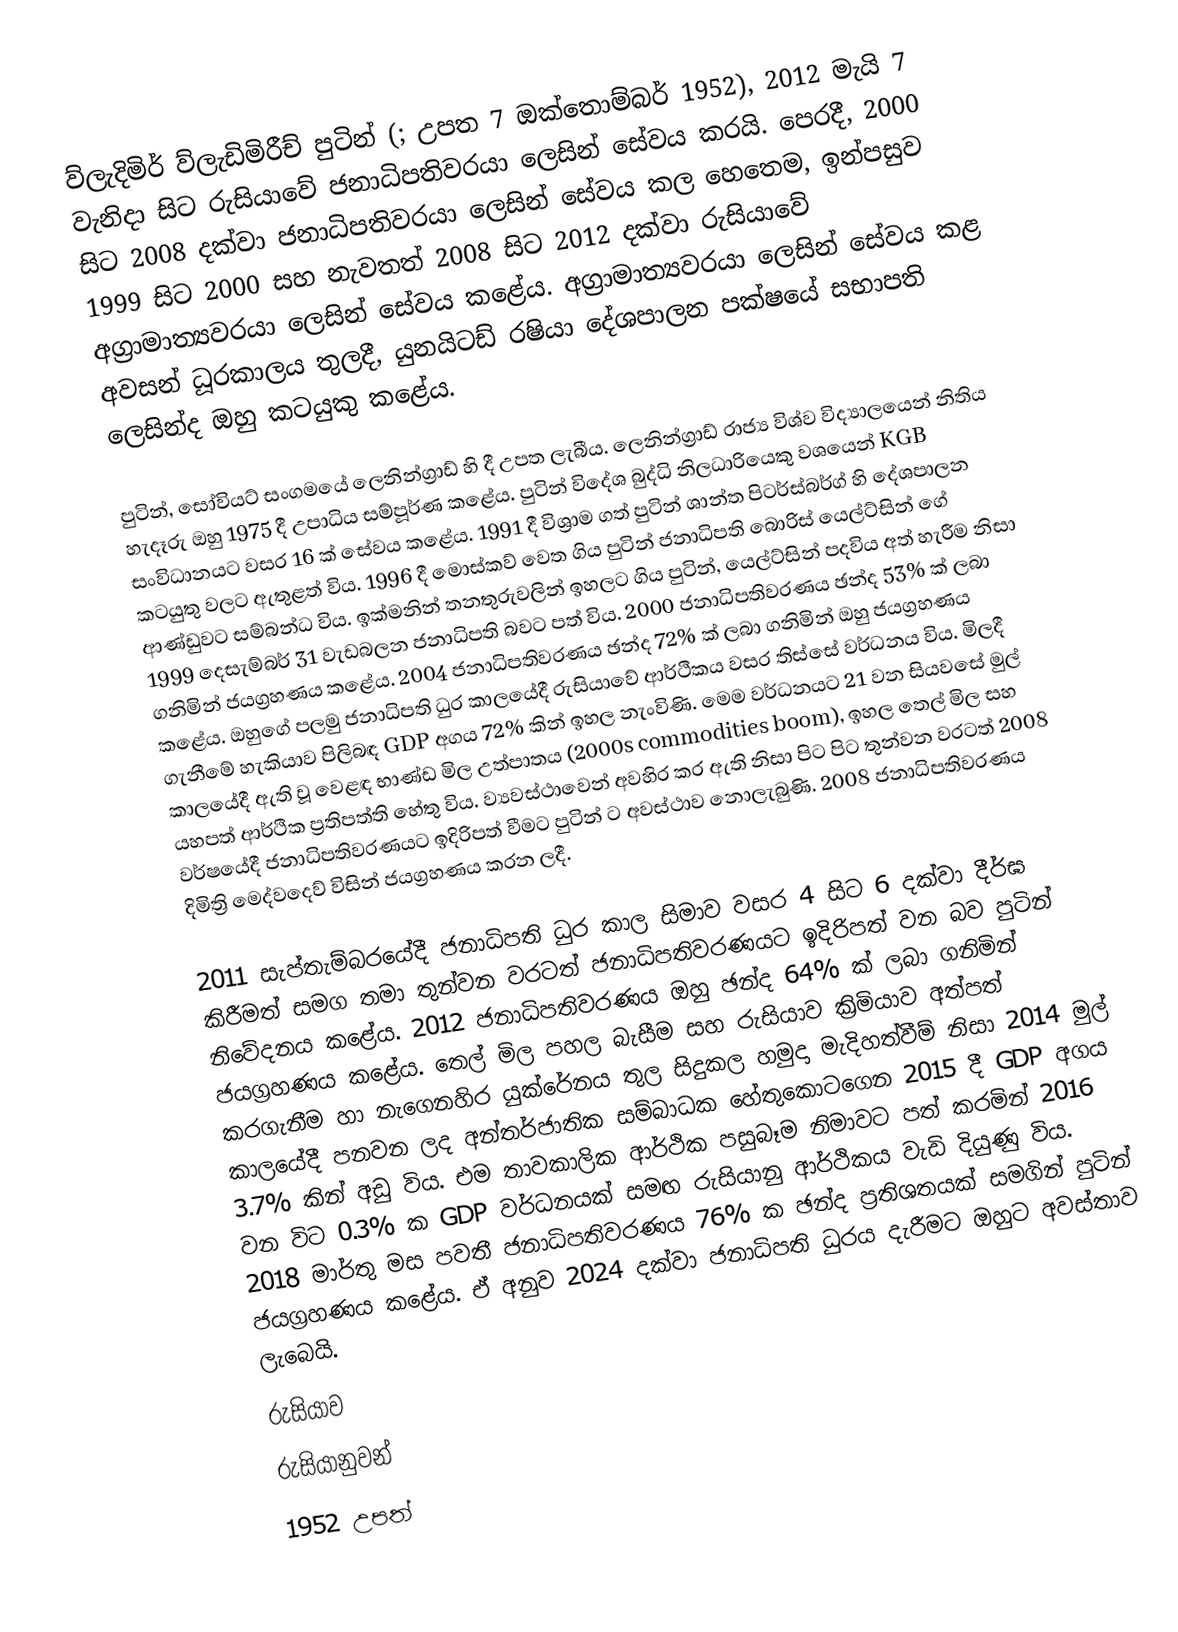
ව්ලැදිමිර් ව්ලැඩිමිරීච් පුටින් (; උපත 7 ඔක්තොම්බර් 1952), 2012 මැයි 7 වැනිදා සිට රුසියාවේ ජනාධිපතිවරයා ලෙසින් සේවය කරයි. පෙරදී, 2000 සිට 2008 දක්වා ජනාධිපතිවරයා ලෙසින් සේවය කල හෙතෙම, ඉන්පසුව 1999 සිට 2000 සහ නැවතත් 2008 සිට 2012 දක්වා රුසියාවේ අග්‍රාමාත්‍යවරයා ලෙසින් සේවය කළේය. අග්‍රාමාත්‍යවරයා ලෙසින් සේවය කළ අවසන් ධූරකාලය තුලදී, යුනයිටඩ් රෂියා දේශපාලන පක්ෂයේ සභාපති ලෙසින්ද ඔහු කටයුකු කළේය.

පුටින්, සෝවියට් සංගමයේ ලෙනින්ග්‍රාඩ් හි දී උපත ලැබීය. ලෙනින්ග්‍රාඩ් රාජ්‍ය විශ්ව විද්‍යාලයෙන් නිතිය හැදෑරු ඔහු 1975 දී උපාධිය සම්පූර්ණ කළේය. පුටින් විදේශ බුද්ධි නිලධාරියෙකු වශයෙන් KGB සංවිධානයට වසර 16 ක් සේවය කළේය. 1991 දී විශ්‍රාම ගත් පුටින් ශාන්ත පිටර්ස්බර්ග් හි දේශපාලන කටයුතු වලට ඇතුළත් විය. 1996 දී මොස්කව් වෙත ගිය පුටින් ජනාධිපති බොරිස් යෙල්ට්සින් ගේ ආණ්ඩුවට සම්බන්ධ විය. ඉක්මනින් තනතුරුවලින් ඉහලට ගිය පුටින්, යෙල්ට්සින් පදවිය අත් හැරීම නිසා 1999 දෙසැම්බර් 31 වැඩබලන ජනාධිපති බවට පත් විය. 2000 ජනාධිපතිවරණය ඡන්ද 53% ක් ලබා ගනිමින් ජයග්‍රහණය කළේය. 2004 ජනාධිපතිවරණය ඡන්ද 72% ක් ලබා ගනිමින් ඔහු ජයග්‍රහණය කළේය. ඔහුගේ පලමු ජනාධිපති ධුර කාලයේදී රුසියාවේ ආර්ථිකය වසර තිස්සේ වර්ධනය විය. මිලදී ගැනීමේ හැකියාව පිලිබඳ GDP අගය 72% කින් ඉහල නැංවිණි. මෙම වර්ධනයට 21 වන සියවසේ මුල් කාලයේදී ඇති වූ වෙළඳ භාණ්ඩ මිල උත්පාතය (2000s commodities boom), ඉහල තෙල් මිල සහ යහපත් ආර්ථික ප්‍රතිපත්ති හේතු විය. ව්‍යවස්ථාවෙන් අවහිර කර ඇති නිසා පිට පිට තුන්වන වරටත් 2008 වර්ෂයේදී ජනාධිපතිවරණයට ඉදිරිපත් වීමට පුටින් ට අවස්ථාව නොලැබුණි. 2008 ජනාධිපතිවරණය දිමිත්‍රි මෙද්වදෙව් විසින් ජයග්‍රහණය කරන ලදී.

2011 සැප්තැම්බරයේදී ජනාධිපති ධුර කාල සිමාව වසර 4 සිට 6 දක්වා දීර්ඝ කිරීමත් සමග තමා තුන්වන වරටත් ජනාධිපතිවරණයට ඉදිරිපත් වන බව පුටින් නිවේදනය කළේය. 2012 ජනාධිපතිවරණය ඔහු ඡන්ද 64% ක් ලබා ගනිමින් ජයග්‍රහණය කළේය. තෙල් මිල පහල බැසීම සහ රුසියාව ක්‍රිමියාව අත්පත් කරගැනීම හා නැගෙනහිර යුක්රේනය තුල සිදුකල හමුදා මැදිහත්වීම් නිසා 2014 මුල් කාලයේදී පනවන ලද අන්තර්ජාතික සම්බාධක හේතුකොටගෙන 2015 දී GDP අගය 3.7% කින් අඩු විය. එම තාවකාලික ආර්ථික පසුබෑම නිමාවට පත් කරමින් 2016 වන විට 0.3% ක GDP වර්ධනයක් සමඟ රුසියානු ආර්ථිකය වැඩි දියුණු විය. 2018 මාර්තු මස පවතී ජනාධිපතිවරණය 76% ක ඡන්ද ප්‍රතිශතයක් සමගින් පුටින් ජයග්‍රහණය කළේය. ඒ අනුව 2024 දක්වා ජනාධිපති ධුරය දැරීමට ඔහුට අවස්තාව ලැබෙයි.
රුසියාව
රුසියානුවන්
1952 උපත්